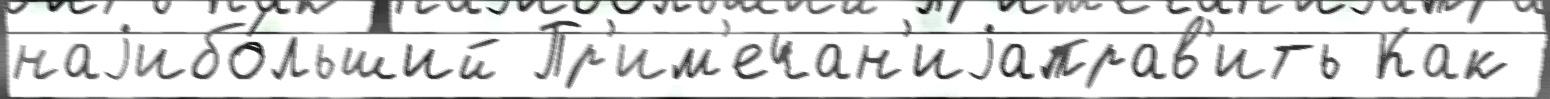
наjибо́льший Пр'им'ечан'иjаправ'ить Как